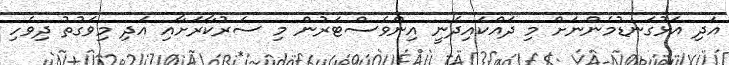
އަދި އަޅުގަނޑުމެންނަށް މި ދައްކައިދެނީ އިންވެސްޓަރުން މި ސަރުކާރަށާއި އަދި މިވަގުތު ދިވެހި